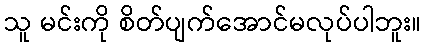
သူ မင်းကို စိတ်ပျက်အောင်မလုပ်ပါဘူး။